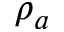
\rho _ { a }